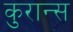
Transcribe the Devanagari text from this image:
कुरान्स